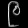
Digit: ၉